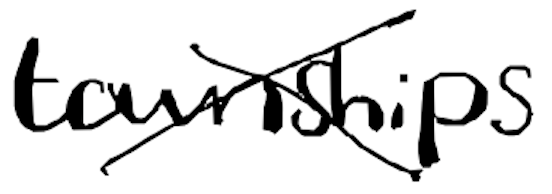
Text: townships
Cross-out: mix
Writing tool: digital_black